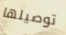
توصيلها